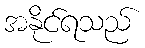
အနိုင်ရသည်